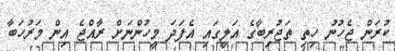
ކުރަން ޖެހުނު ހިތި ތަޖުރިބާގެ އަލީގައި އެފަދަ މީހުންނަށް ރާއްޖެ އިން މަރުހަބާ